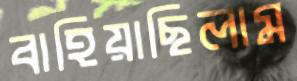
বাহিয়াছিলাম